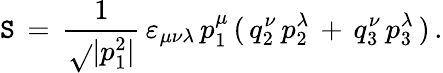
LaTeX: \mathtt{S}\, =\, \frac{{1}}{{\sqrt{}{{|p_{1}^{2}|}}}}\, \varepsilon_{\mu\nu\lambda}\, p_{1}^{\mu}\, (\, q_{2}^{\nu}\, p_{2}^{\lambda}\, +\, q_{3}^{\nu}\, p_{3}^{\lambda}\, )\, {.}